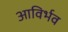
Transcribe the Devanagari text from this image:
आविर्भव